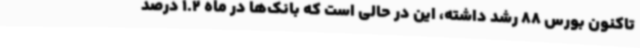
تاکنون بورس 88 رشد داشته، این در حالی است که بانک‌ها در ماه 1.2 درصد